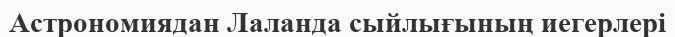
Астрономиядан Лаланда сыйлығының иегерлері